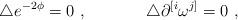
LaTeX: \begin{align*}\triangle e^{-2\phi} = 0\ , \hskip 1.5truecm\triangle\partial^{[i}\omega^{j]}=0\ ,\end{align*}